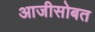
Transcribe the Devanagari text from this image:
आजीसोबत